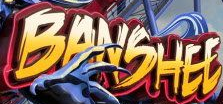
BANSHEE